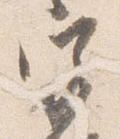
宮